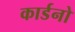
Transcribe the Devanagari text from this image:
कार्डनो